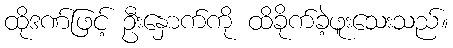
ထိုဒဏ်ဖြင့် ဦးနှောက်ကို ထိခိုက်ခဲ့ဖူးသေးသည်။